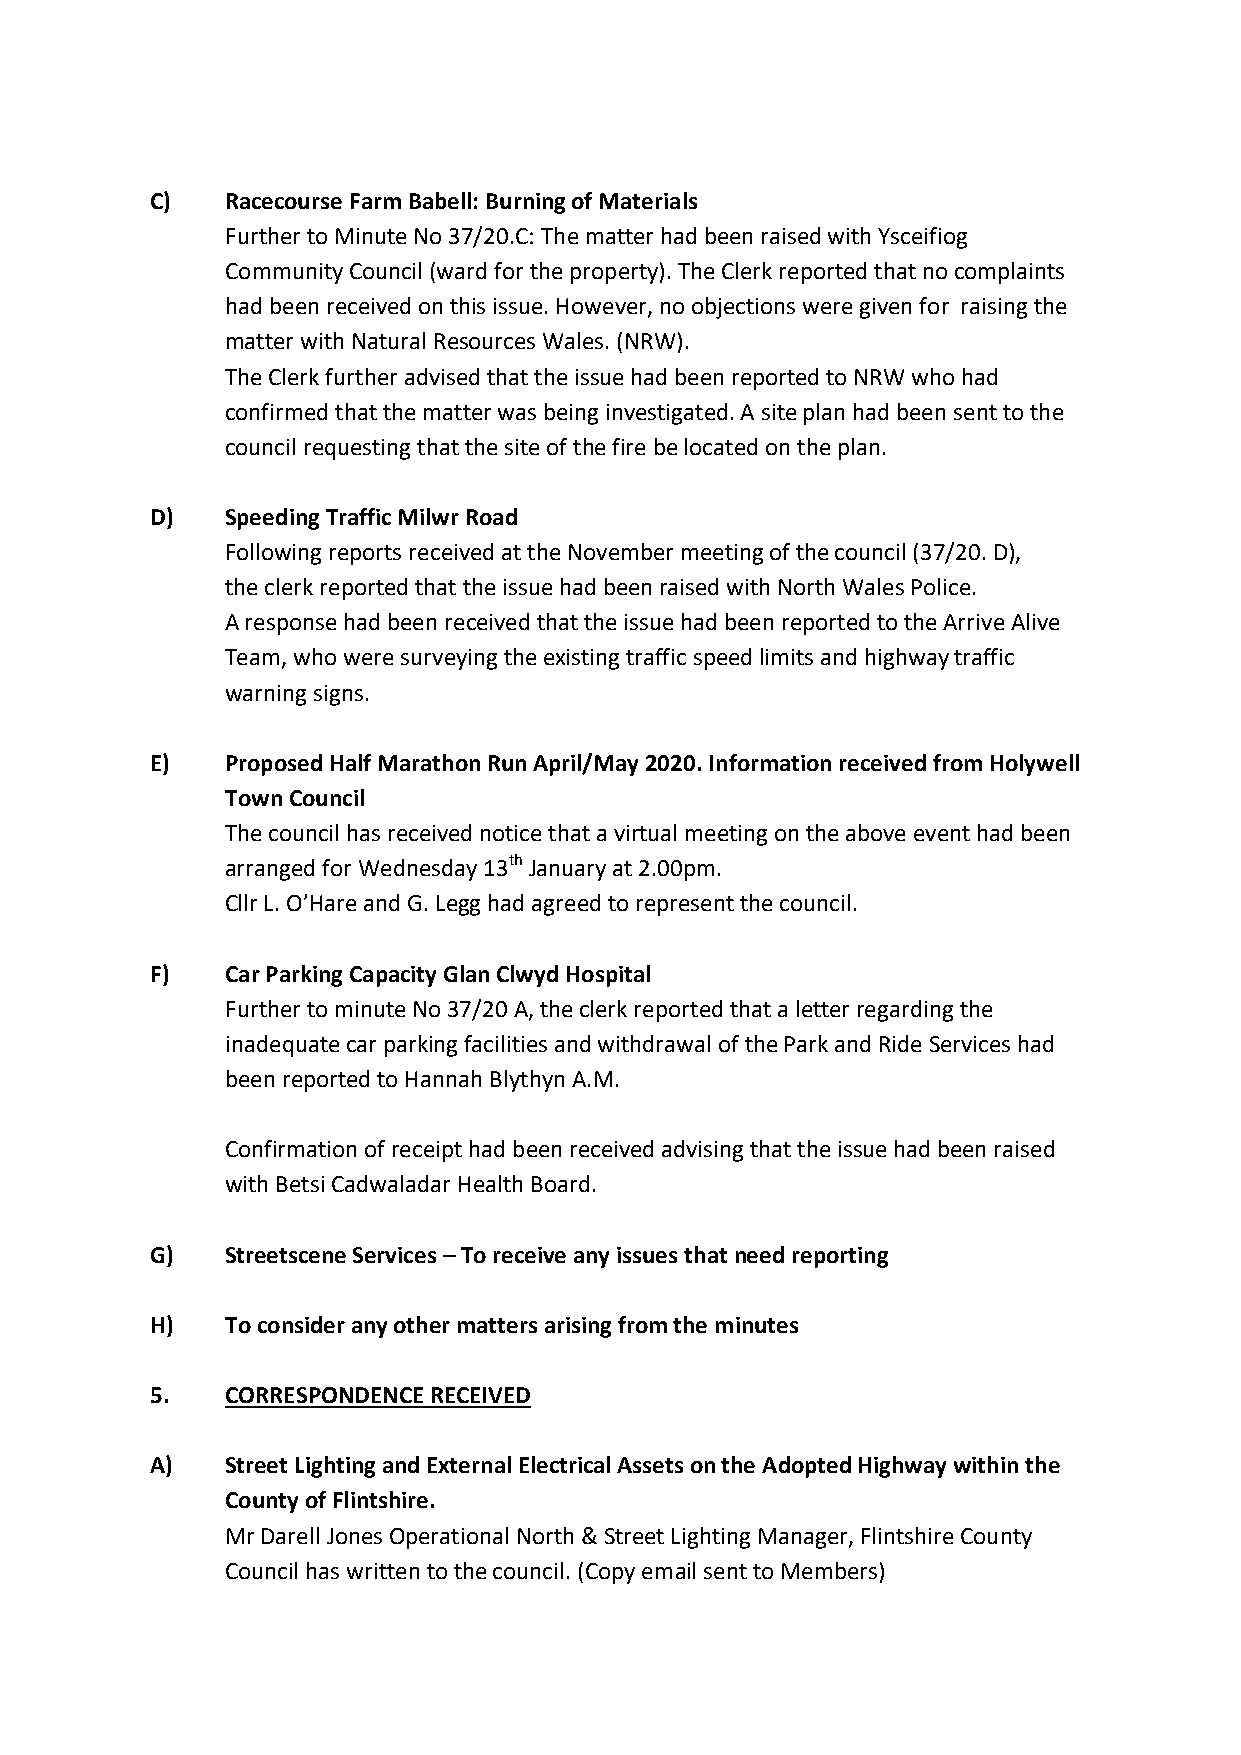
C)   Racecourse Farm Babell: Burning of Materials
 Further to Minute No 37/20.C: The matter had been raised with Ysceifiog
 Community Council (ward for the property). The Clerk reported that no complaints
 had been received on this issue. However, no objections were given for raising the
 matter with Natural Resources Wales. (NRW).
 The Clerk further advised that the issue had been reported to NRW who had
 confirmed that the matter was being investigated. A site plan had been sent to the
 council requesting that the site of the fire be located on the plan.
 D)   Speeding Traffic Milwr Road
 Following reports received at the November meeting of the council (37/20. D),
 the clerk reported that the issue had been raised with North Wales Police.
 A response had been received that the issue had been reported to the Arrive Alive
 Team, who were surveying the existing traffic speed limits and highway traffic
 warning signs.
 E)   Proposed Half Marathon Run April/May 2020. Information received from Holywell
 Town Council
 The council has received notice that a virtual meeting on the above event had been
 arranged for Wednesday 13th January at 2.00pm.
 Cllr L. O’Hare and G. Legg had agreed to represent the council.
 F)   Car Parking Capacity Glan Clwyd Hospital
 Further to minute No 37/20 A, the clerk reported that a letter regarding the
 inadequate car parking facilities and withdrawal of the Park and Ride Services had
 been reported to Hannah Blythyn A.M.
 Confirmation of receipt had been received advising that the issue had been raised
 with Betsi Cadwaladar Health Board.
 G)   Streetscene Services – To receive any issues that need reporting
 H)   To consider any other matters arising from the minutes
 5.   CORRESPONDENCE RECEIVED
 A)   Street Lighting and External Electrical Assets on the Adopted Highway within the
 County of Flintshire.
 Mr Darell Jones Operational North & Street Lighting Manager, Flintshire County
 Council has written to the council. (Copy email sent to Members)